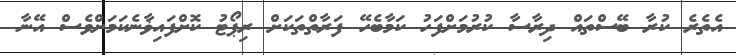
އެތެރެ ކުރާ ބޭސްތައް ދިރާސާ ކުރުމަށްފަހު ކަމާބެހޭ ފަރާތްތަކަށް ރިޕޯޓު ކޮށްފައިޥާނެކަމަށްވެސް އޭނާ